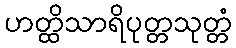
ဟတ္ထိသာရိပုတ္တသုတ္တံ